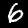
Label: 6